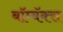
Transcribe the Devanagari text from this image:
बॉम्बॅक्स